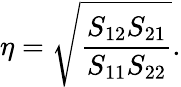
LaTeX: \eta=\sqrt{\frac{S_{12}S_{21}}{S_{11}S_{22}}}.